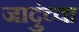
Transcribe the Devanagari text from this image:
जादुंच्या